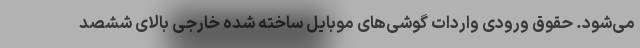
می‌شود. حقوق ورودی واردات گوشی‌های موبایل ساخته شده خارجی بالای ششصد